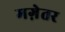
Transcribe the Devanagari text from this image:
मग़ेतर